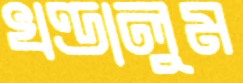
খণ্ডালুম